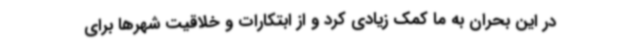
در این بحران به ما کمک زیادی کرد و از ابتکارات و خلاقیت شهرها برای